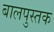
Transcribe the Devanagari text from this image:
बालपुस्तक